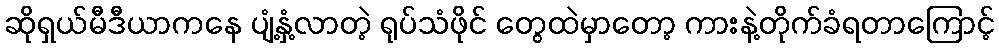
ဆိုရှယ်မီဒီယာကနေ ပျံ့နှံ့လာတဲ့ ရုပ်သံဖိုင် တွေထဲမှာတော့ ကားနဲ့တိုက်ခံရတာကြောင့်